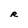
Character: R